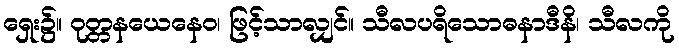
ရှေး၌။ ဝုတ္တနယေနေဝ၊ ဖြင့်သာလျှင်။ သီလပရိသောဓနာဒီနိ၊ သီလကို